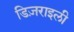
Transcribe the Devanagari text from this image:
डिज़राइली